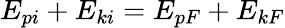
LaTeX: E_{pi}+E_{ki}=E_{pF}+E_{kF}